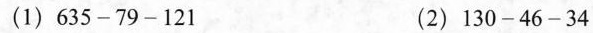
(1) $$6 3 5 - 7 9 - 1 2 1$$ (2) $$1 3 0 - 4 6 - 3 4$$